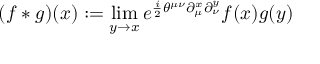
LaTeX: ( f * g ) ( x ) : = \operatorname * { l i m } _ { y \rightarrow x } e ^ { \frac { i } { 2 } \theta ^ { \mu \nu } \partial _ { \mu } ^ { x } \partial _ { \nu } ^ { y } } f ( x ) g ( y )